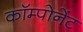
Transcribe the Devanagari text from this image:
कॉम्पोनेंट